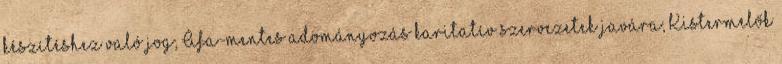
készítéshez való jog; Áfa-mentes adományozás karitatív szervezetek javára; Kistermelők